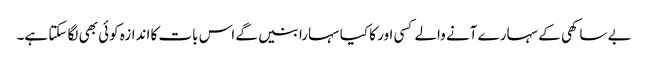
بے ساکھی کے سہارے آنے والے کسی اور کا کیا سہارا بنیں گے اس بات کا اندازہ کوئی بھی لگا سکتا ہے۔